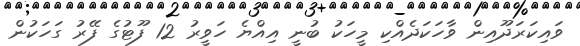
ވައިކަރަދޫއިން ވާހަކަދެއްކި މީހަކު ބުނީ އިއްޔެ ހަވީރު 12 ފޫޓުގެ ފޭރު ގަހަކުން